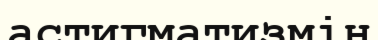
астигматизмін